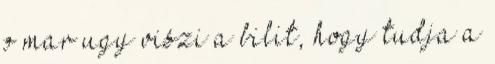
o mar ugy viszi a bilit, hogy tudja a